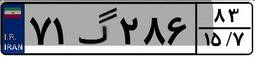
۷۱گ۲۸۶۸۳